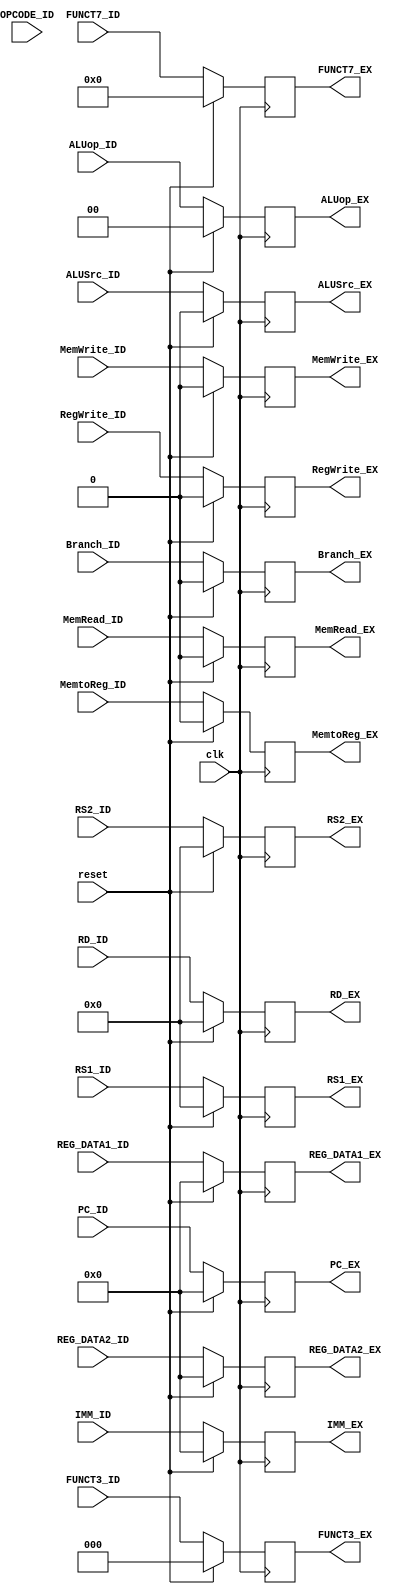
`timescale 1ns / 1ps

module ID_EX_reg(input clk, reset,

                 input [31:0] PC_ID,
                 input [31:0] IMM_ID,
                 input [31:0] REG_DATA1_ID, REG_DATA2_ID,
                 input [2:0] FUNCT3_ID,
                 input [6:0] FUNCT7_ID,
                 input [6:0] OPCODE_ID,
                 input [4:0] RD_ID,
                 input [4:0] RS1_ID,
                 input [4:0] RS2_ID,
                 
                 input MemRead_ID, MemtoReg_ID, MemWrite_ID, RegWrite_ID, Branch_ID, ALUSrc_ID,
                 input [1:0] ALUop_ID,
                 
                 output reg [31:0] PC_EX,
                 output reg [31:0] IMM_EX,
                 output reg [31:0] REG_DATA1_EX, REG_DATA2_EX,
                 output reg [2:0] FUNCT3_EX,
                 output reg [6:0] FUNCT7_EX,
                 output reg [4:0] RD_EX,
                 output reg [4:0] RS1_EX,
                 output reg [4:0] RS2_EX,
                 
                 output reg MemRead_EX, MemtoReg_EX, MemWrite_EX, RegWrite_EX, Branch_EX, ALUSrc_EX,
                 output reg [1:0] ALUop_EX);
    
    always @ (posedge clk) begin
        if (reset) begin
            PC_EX = 0;
            IMM_EX = 0;
            REG_DATA1_EX = 0; 
            REG_DATA2_EX = 0;
            FUNCT3_EX = 0;
            FUNCT7_EX = 0;
            RD_EX = 0;
            RS1_EX = 0;
            RS2_EX = 0;
            MemRead_EX = 0; 
            MemtoReg_EX = 0; 
            MemWrite_EX = 0; 
            RegWrite_EX = 0; 
            Branch_EX = 0; 
            ALUSrc_EX = 0;
            ALUop_EX = 0;
        end else begin
            PC_EX = PC_ID;
            IMM_EX = IMM_ID;
            REG_DATA1_EX = REG_DATA1_ID; 
            REG_DATA2_EX = REG_DATA2_ID;
            FUNCT3_EX = FUNCT3_ID;
            FUNCT7_EX = FUNCT7_ID;
            RD_EX = RD_ID;
            RS1_EX = RS1_ID;
            RS2_EX = RS2_ID;
            MemRead_EX = MemRead_ID; 
            MemtoReg_EX = MemtoReg_ID; 
            MemWrite_EX = MemWrite_ID; 
            RegWrite_EX = RegWrite_ID; 
            Branch_EX = Branch_ID; 
            ALUSrc_EX = ALUSrc_ID;
            ALUop_EX = ALUop_ID;
        end
    end

endmodule